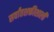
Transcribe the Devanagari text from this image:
सर्वांतशक्तीशाली